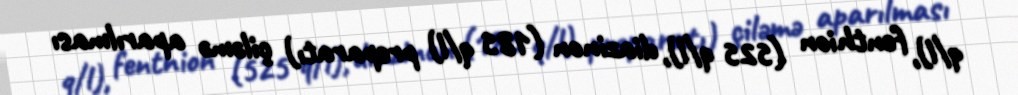
q/l), fenthion (525 q/l), diazinon (185 q/l) preparatı) çiləmə aparılması